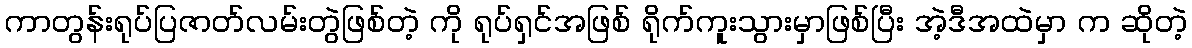
ကာတွန်းရုပ်ပြဇာတ်လမ်းတွဲဖြစ်တဲ့ ကို ရုပ်ရှင်အဖြစ် ရိုက်ကူးသွားမှာဖြစ်ပြီး အဲ့ဒီအထဲမှာ က ဆိုတဲ့